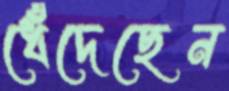
ধেঁদেছেন